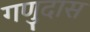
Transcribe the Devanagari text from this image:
गणुदास